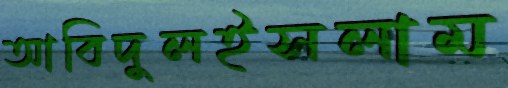
আবিদুলইসলাম